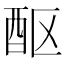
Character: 𬪧